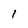
Character: I